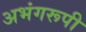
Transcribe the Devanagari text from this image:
अभंगरूपी